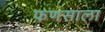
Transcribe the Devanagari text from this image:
फणसाला